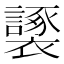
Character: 𧞮